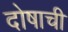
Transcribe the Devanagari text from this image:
दोषाची